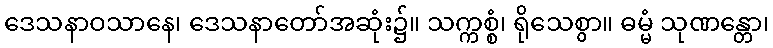
ဒေသနာဝသာနေ၊ ဒေသနာတော်အဆုံး၌။ သက္ကစ္စံ၊ ရိုသေစွာ။ ဓမ္မံ သုဏန္တော၊